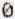
0